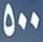
500